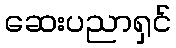
ဆေးပညာရှင်